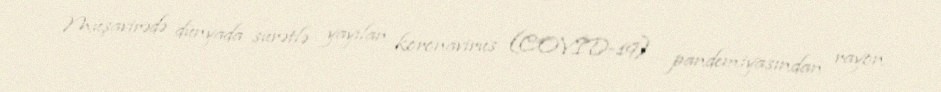
Müşavirədə dünyada sürətlə yayılan koronavirus (COVİD-19) pandemiyasından rayon